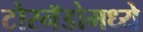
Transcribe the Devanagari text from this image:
टोरनॅडोमध्ये